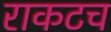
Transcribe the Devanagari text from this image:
राकटच